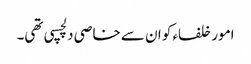
امور خلفاء کو ان سے خاصی دلچسپی تھی۔